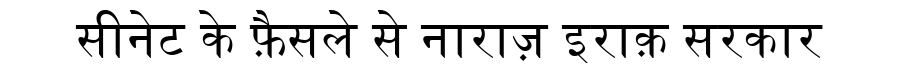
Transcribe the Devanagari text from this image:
सीनेट के फ़ैसले से नाराज़ इराक़ सरकार